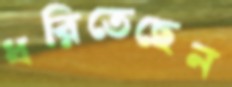
ধরিতেছেন